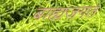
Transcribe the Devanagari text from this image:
बाह्यजगत